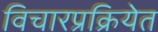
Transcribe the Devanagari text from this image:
विचारप्रक्रियेत